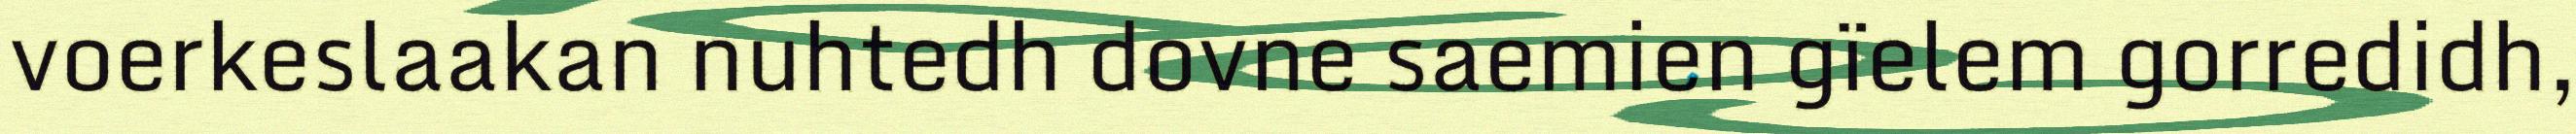
voerkeslaakan nuhtedh dovne saemien gïelem gorredidh,